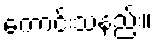
ကောင်းသနည်း။